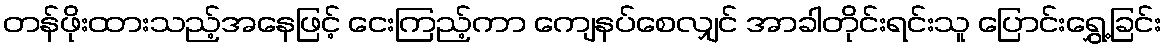
တန်ဖိုးထားသည့်အနေဖြင့် ငေးကြည့်ကာ ကျေနပ်စေလျှင် အာခါတိုင်းရင်းသူ ပြောင်းရွှေ့ခြင်း